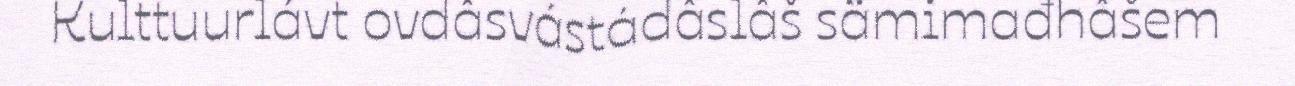
Kulttuurlávt ovdâsvástádâslâš sämimađhâšem